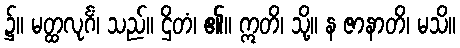
၌။ မတ္ထလုင်္ဂံ၊ သည်။ ဌိတံ၊ ၏။ ဣတိ၊ သို့။ န ဇာနာတိ၊ မသိ။